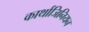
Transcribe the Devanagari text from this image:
कार्थाजिनियन